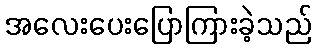
အလေးပေးပြောကြားခဲ့သည်